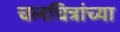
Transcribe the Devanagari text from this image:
चलचित्रांच्या